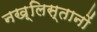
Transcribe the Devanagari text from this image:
नख़्लिस्तानों